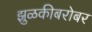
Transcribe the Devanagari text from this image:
झुळकीबरोबर